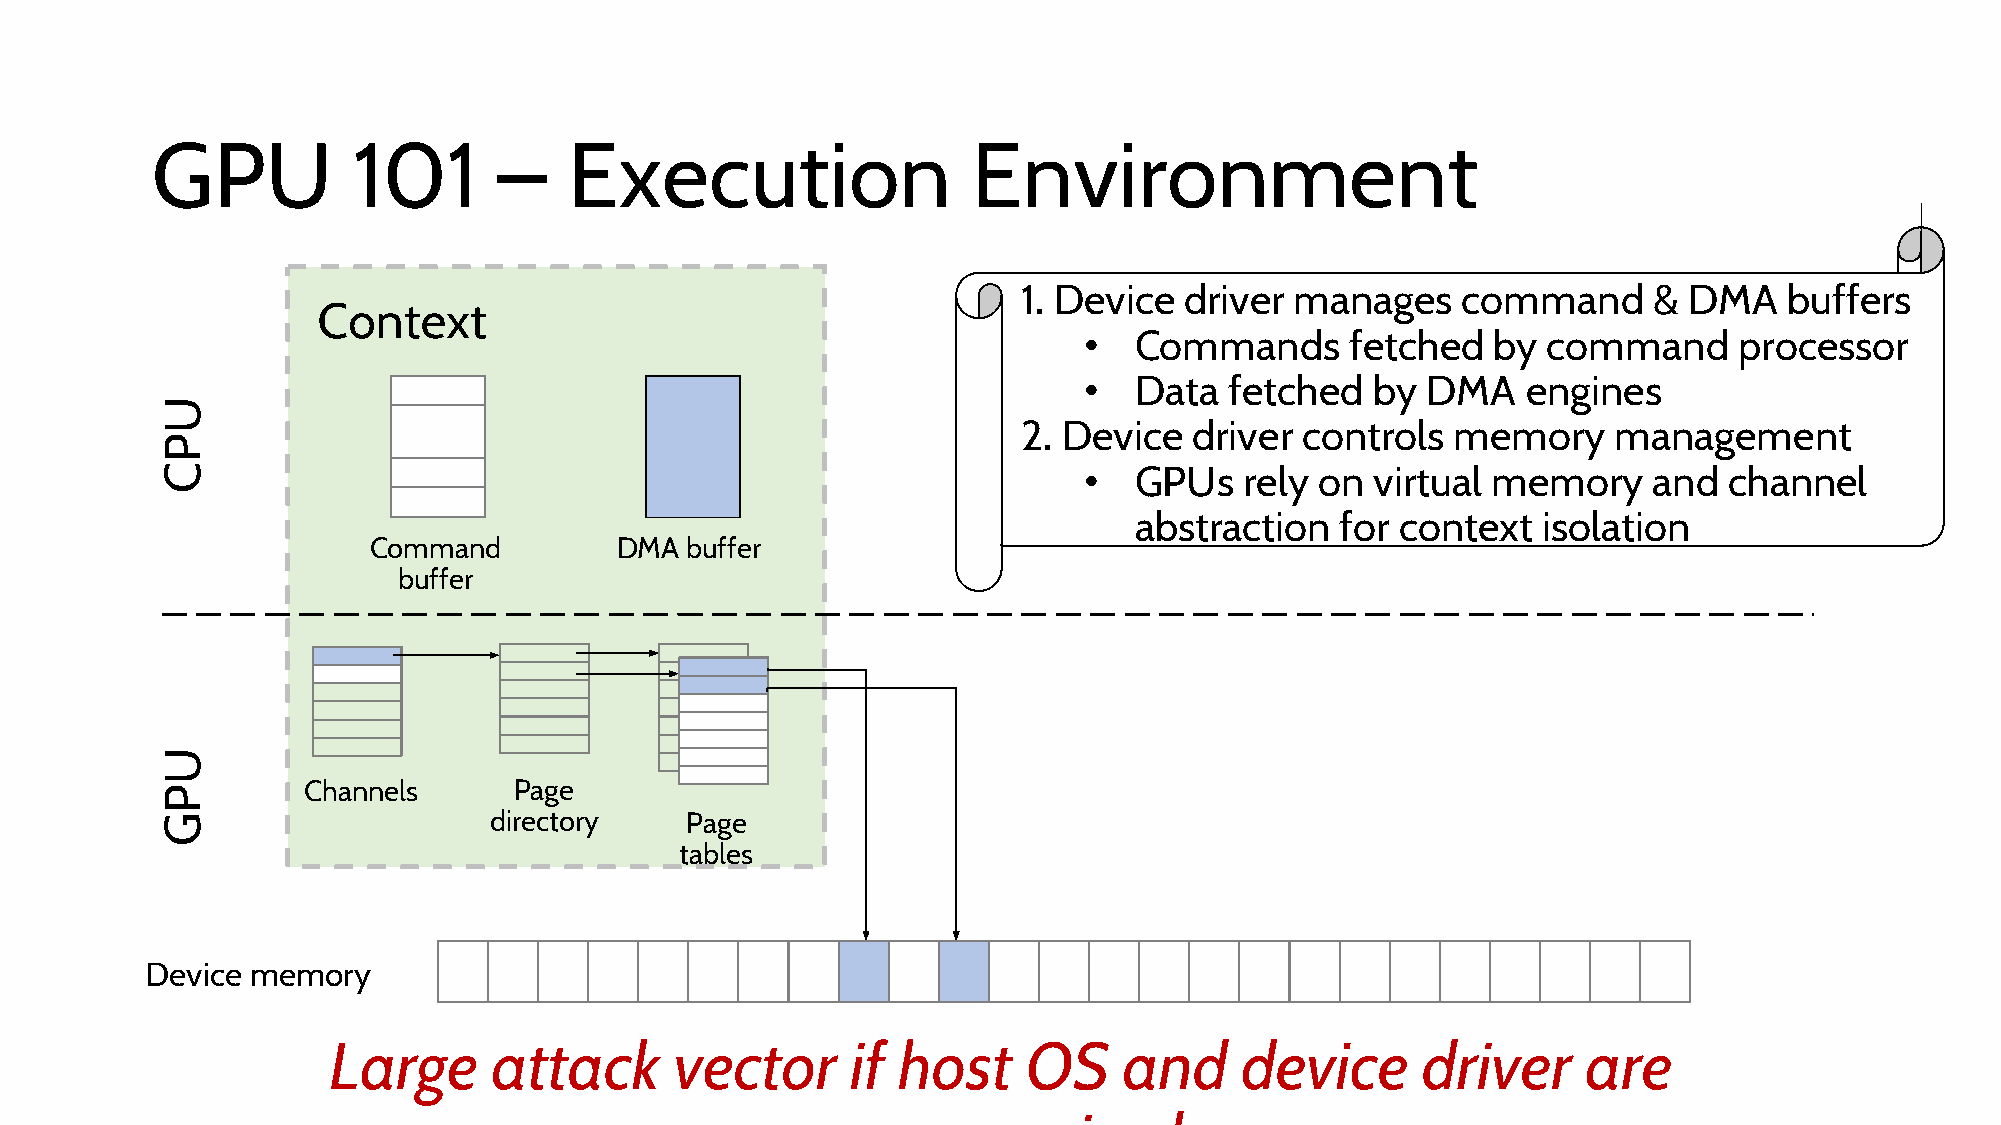
GPU          101       –    Execution                 Environment
 1. Device driver  manages    command     &  DMA   buffers
 Context
 •  Commands      fetched   by command      processor
 •  Data  fetched   by DMA    engines
 2. Device  driver controls  memory     management
 •  GPUs   rely on  virtual memory    and  channel
 abstraction   for context  isolation
 Command          DMA buffer
 buffer
 Channels      Page
 directory    Page
 tables
 Device memory
 Large      attack      vector     if host     OS    and     device      driver     are
 compromised
 UPC
 UPG